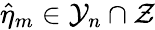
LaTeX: \hat{\eta}_{m}\in\mathcal{Y}_{n}\cap\mathcal{Z}